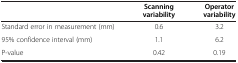
|  | Scanning variability | Operator variability |
 | --- | --- | --- |
 | Standard error in measurement (mm) | 0.6 | 3.2 |
 | 95% confidence interval (mm) | 1.1 | 6.2 |
 | P-value | 0.42 | 0.19 |